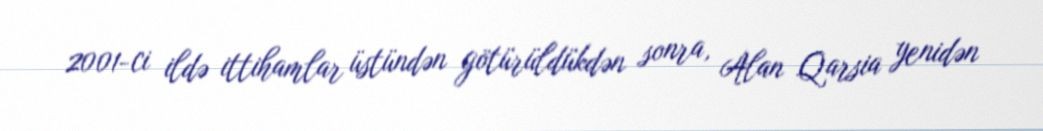
2001-ci ildə ittihamlar üstündən götürüldükdən sonra, Alan Qarsia yenidən